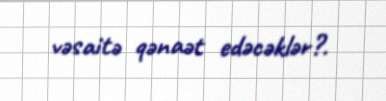
vəsaitə qənaət edəcəklər?.